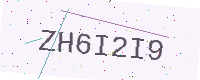
Text: ZH6I2I9